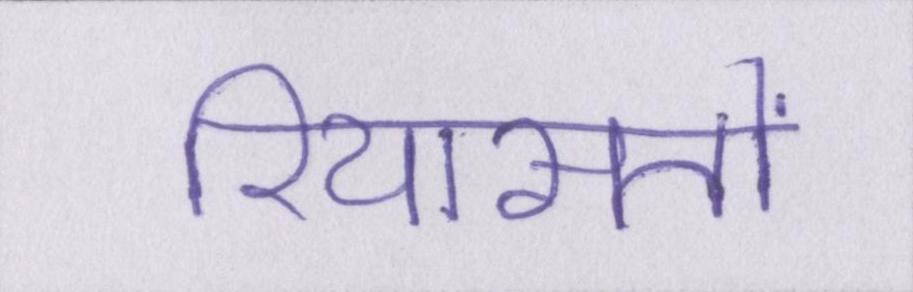
रियासतों